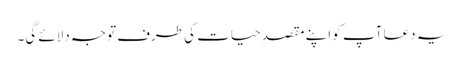
یہ دعا آپ کو اپنے مقصدِ حیات کی طرف توجہ دلائے گی۔